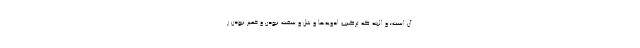
آن است؛ و البته که ترکیب ادویه‌ها و شل و سفت نبودن و خمیر نبودن ر